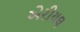
એરીયલ